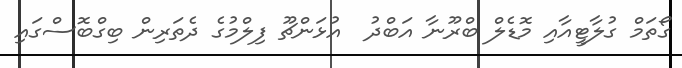
ގޯތަމް ގުލާޓީއާއި މޮޑެލް ބްރޫނާ އަބްދު  އުޅަންޗޫ ފިލްމުގެ ދެތަރިން ބިގްބޮސްގައި